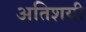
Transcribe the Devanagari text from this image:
अतिशयी